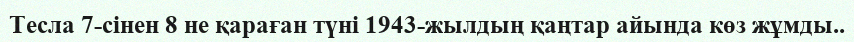
Тесла 7-сінен 8 не қараған түні 1943-жылдың қаңтар айында көз жұмды..